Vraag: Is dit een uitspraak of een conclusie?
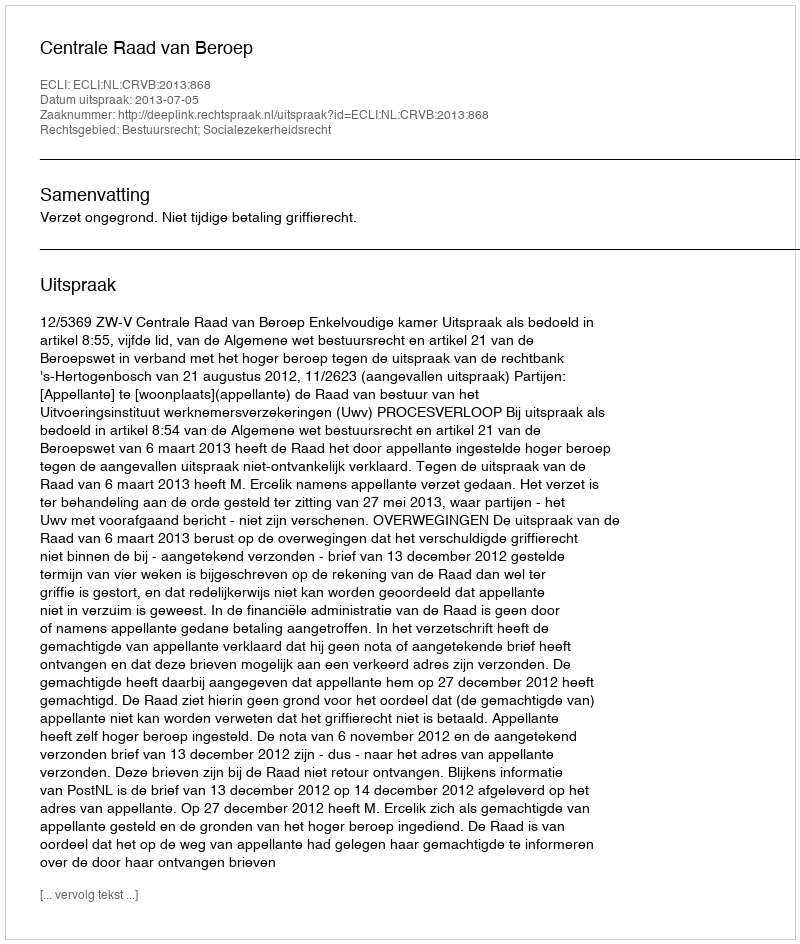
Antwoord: Uitspraak